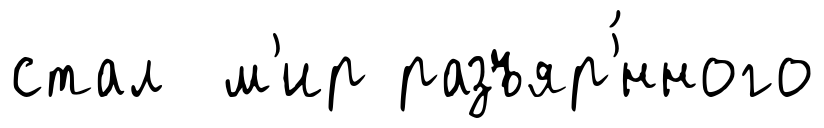
стал м'ир разъяр'́нного